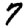
Digit: 7